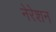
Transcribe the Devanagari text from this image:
नेरेशन